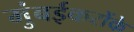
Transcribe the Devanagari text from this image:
मुंबईकरोंके